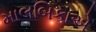
માલબિકાએ